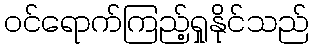
ဝင်ရောက်ကြည့်ရှုနိုင်သည်